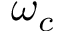
\omega _ { c }